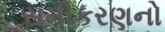
સમીકરણનો